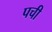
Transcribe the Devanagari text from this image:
पची